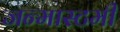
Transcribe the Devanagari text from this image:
जन्मास्टमी